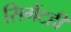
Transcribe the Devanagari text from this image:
सिमेंटही